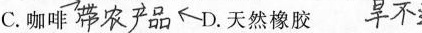
C.咖啡##\nearrow 带农产品 \nwarrow##D.天然橡胶 ##旱不&##